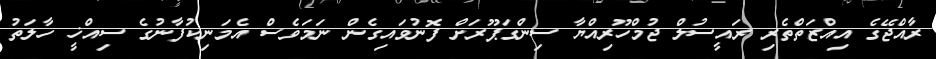
ރާއްޖޭގެ އިއްޒަތްތެރި ރައީސުލް ޖުމްހޫރިއްޔާ ސިންގަޕޫރަށް ފޮނުވައިގެން ނަމަވެސް އެމަނިކުފާނުގެ ސިއްޚީ ހާލަތު